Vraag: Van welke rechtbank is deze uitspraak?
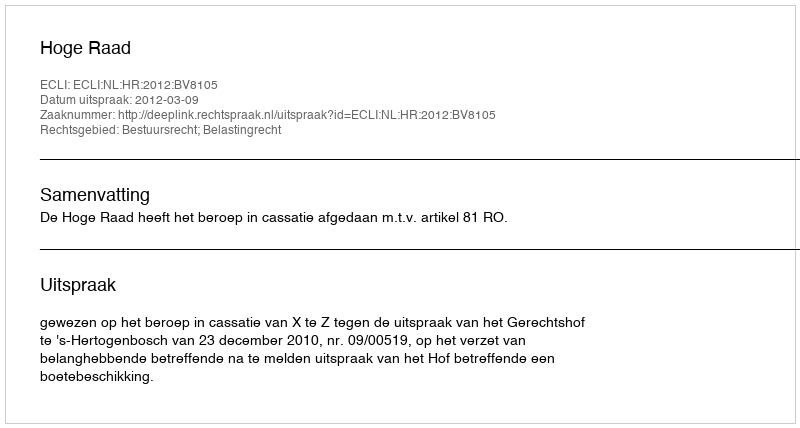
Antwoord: Hoge Raad